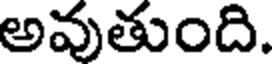
అవుతుంది.